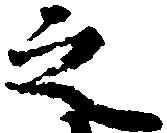
之